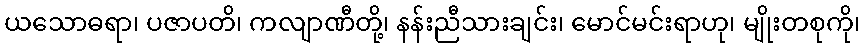
ယသောဓရာ၊ ပဇာပတိ၊ ကလျာဏီတို့၊ နန်းညီသားချင်း၊ မောင်မင်းရာဟု၊ မျိုးတစုကို၊